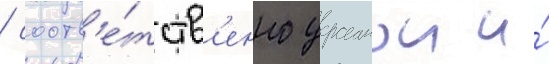
/ соотв'е́тств'енно украинои и́